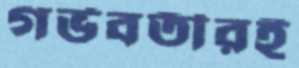
গর্ভবতীরই